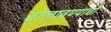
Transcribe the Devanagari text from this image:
बोलावण्याची